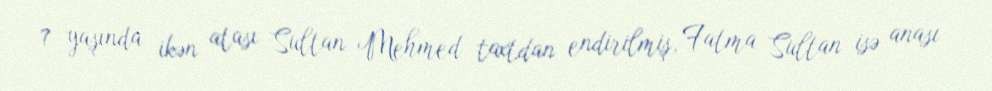
7 yaşında ikən atası Sultan Mehmed taxtdan endirilmiş, Fatma Sultan isə anası